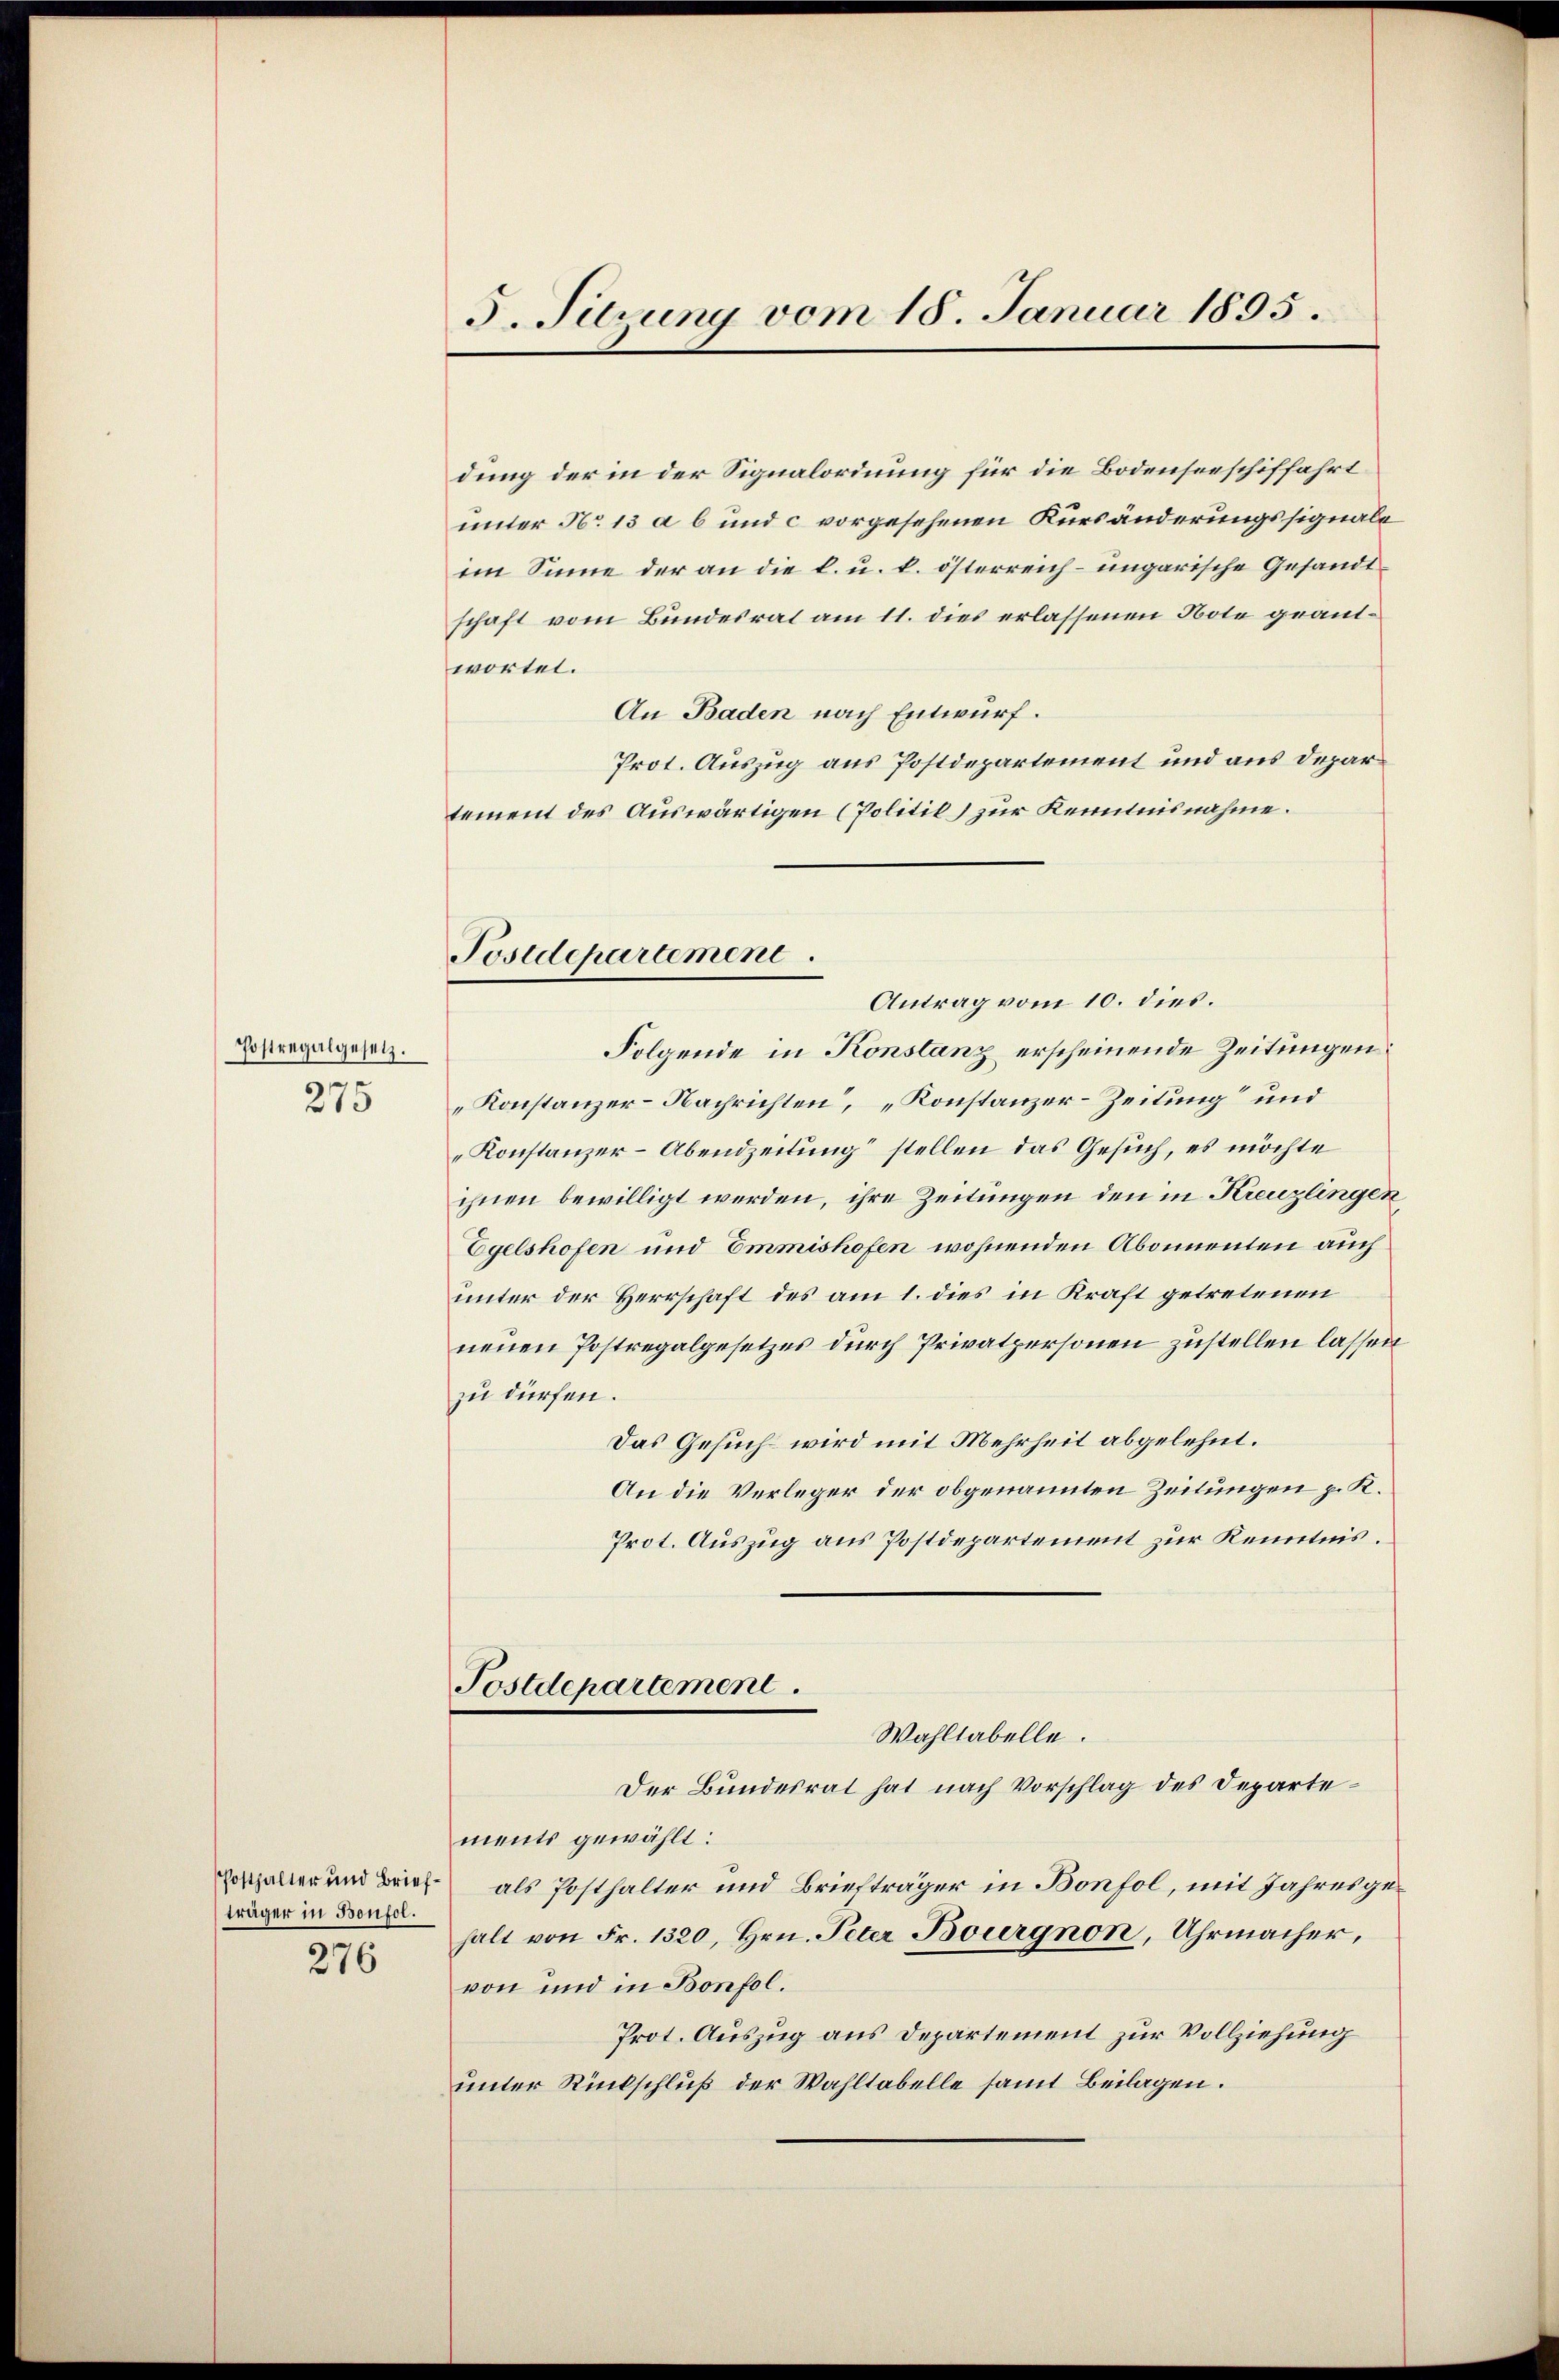
Postregalgesetz.
275

träger in Bonfol.

276

3. Sitzung vom 18. Januar 1895.

dung der in der Signalordnung für die Bodenseeschiffahrt
unter No 13 a 6 und c vorgesehenen Kürsänderungssignale
im Sinne der an die l. u. k. österreich- ungarische Gesandtschaft vom Bundesrat am 11. dies erlassenen Note grautwortet.
An Baden nach Entwurf.
Prot. Auszug aus Postdepartement und aus Departement des Auswärtigen (Politil) zur Kenntnisnahme.
Antrag vom 10. dies.
Folgende in Konstanz erscheinende Zeitungen:
Konstanzer-Nachrichten“, „Konstanzer-Zeitung“ und
Konstanzer-Abendzeitung“ stellen das Gesuch, es möchte
ihnen bewilligt werden, ihre Zeitungen den in Kreuzlingen
Egelshofen und Emmishofen wohnenden Abonnenten auch
unter der Herrschaft des am 1. dies in Kraft getretenen
neuen Postregalgesetzes durch Privatpersonen zustellen lassen
zu dürfen.
Das Gesuch wird mit Mehrheit abgelehnt.
An die Verleger der obgenannten Zeitungen p. K.
Prot. Auszug aus Postdepartement zur Kenntnis.
Postdepartement.
Wahltabelle.
Der Bundesrat hat nach Vorschlag des Departements gewählt:
pospalter und Brief als Posthalter und Briefträger in Bonfol, mit Jahresgehalt von Fr. 1320, Hrn. Peter Bourgnon, Uhrmacher,
von und in Bonfol.
Prot. Auszug aus Departement zur Vollziehung
unter Rückschluß der Wahltabelle samt Beilagen.

Postdepartement.